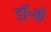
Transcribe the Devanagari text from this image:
डॉ॰के